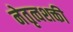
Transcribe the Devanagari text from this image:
नेतृत्वशक्ती